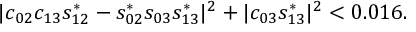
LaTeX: \vert c _ { 0 2 } c _ { 1 3 } s _ { 1 2 } ^ { * } - s _ { 0 2 } ^ { * } s _ { 0 3 } s _ { 1 3 } ^ { * } \vert ^ { 2 } + \vert c _ { 0 3 } s _ { 1 3 } ^ { * } \vert ^ { 2 } < 0 . 0 1 6 .